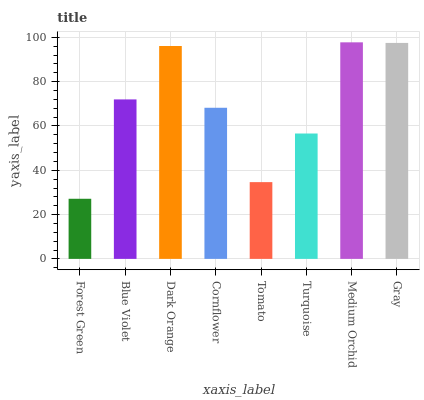
| xaxis_label | bars |
 | --- | --- |
 | Forest Green | 27.1 |
 | Blue Violet | 72 |
 | Dark Orange | 96.1 |
 | Cornflower | 68.2 |
 | Tomato | 34.7 |
 | Turquoise | 56.6 |
 | Medium Orchid | 97.8 |
 | Gray | 97.5 |